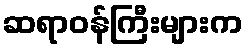
ဆရာဝန်ကြီးများက